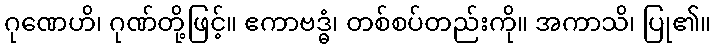
ဂုဏေဟိ၊ ဂုဏ်တို့ဖြင့်။ ဧကာဗဒ္ဓံ၊ တစ်စပ်တည်းကို။ အကာသိ၊ ပြု၏။